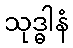
သုဒ္ဓါနံ